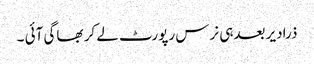
ذرادیر بعدہی نرس رپورٹ لے کر بھاگی آئی ۔